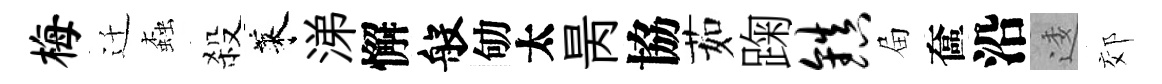
梅迁螙殺萊涕懈般劬太昺協茹踘镇屇奩沿逶郊